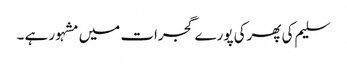
سلیم کی پھرکی پورے گجرات میں مشہور ہے ۔